Annual administration and progress report of the Indian Medical Department, Bombay
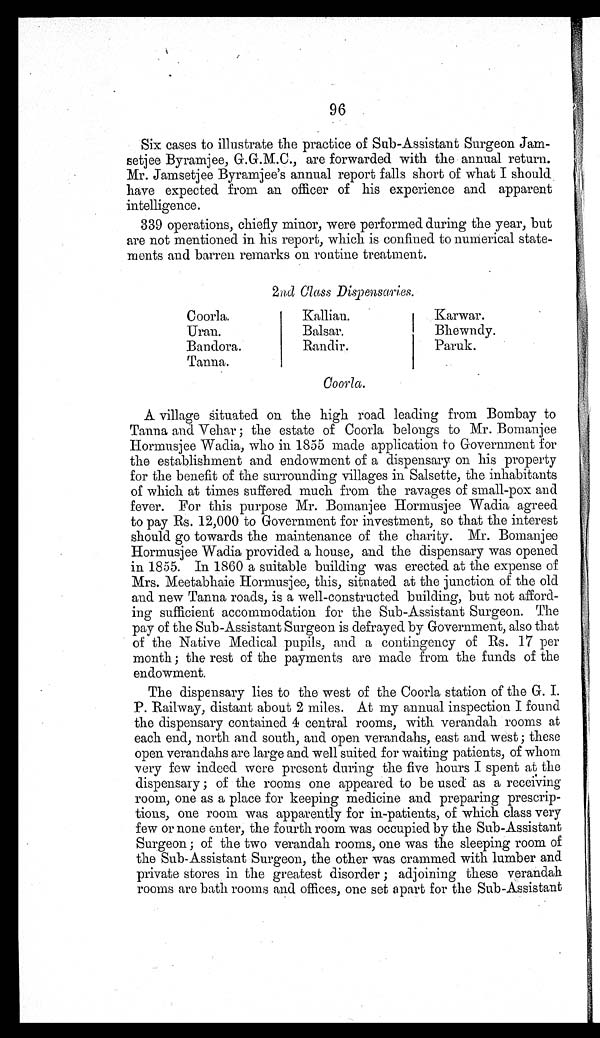
96
Six cases to illustrate the practice of Sub-Assistant Surgeon Jam-
setjee Byramjee, G.G.M.C., are forwarded with the annual return.
Mr. Jamsetjee Byramjee's annual report falls short of what I should
have expected from an officer of his experience and apparent
intelligence.
339 operations, chiefly minor, were performed during the year, but
are not mentioned in his report, which is confined to numerical state-
ments and barren remarks on routine treatment.
2nd Class Dispensaries.
Coorla.
Kallian.
Karwar.
Uran.
Balsar.
Bhewndy.
Bandora.
Randir.
Paruk.
Tanna.
Coorla.
A village situated on the high road leading from Bombay to
Tanna and Vehar; the estate of Coorla belongs to Mr. Bomanjee
Hormusjee Wadia, who in 1855 made application to Government for
the establishment and endowment of a dispensary on his property
for the benefit of the surrounding villages in Salsette, the inhabitants
of which at times suffered much from the ravages of small-pox and
fever. For this purpose Mr. Bomanjee Hormusjee Wadia agreed
to pay Rs. 12,000 to Government for investment, so that the interest
should go towards the maintenance of the charity. Mr. Bomanjee
Hormusjee Wadia provided a house, and the dispensary was opened
in 1855. In 1860 a suitable building was erected at the expense of
Mrs. Meetabhaie Hormusjee, this, situated at the junction of the old
and new Tanna roads, is a well-constructed building, but not afford-
ing sufficient accommodation for the Sub-Assistant Surgeon. The
pay of the Sub-Assistant Surgeon is defrayed by Government, also that
of the Native Medical pupils, and a contingency of Rs. 17 per
month; the rest of the payments are made from the funds of the
endowment.
The dispensary lies to the west of the Coorla station of the G. I.
P. Railway, distant about 2 miles. At my annual inspection I found
the dispensary contained 4 central rooms, with verandah rooms at
each end, north and south, and open verandahs, east and west; these
open verandahs are large and well suited for waiting patients, of whom
very few indeed were present during the five hours I spent at the
dispensary; of the rooms one appeared to be used as a receiving
room, one as a place for keeping medicine and preparing prescrip-
tions, one room was apparently for in-patients, of which class very
few or none enter, the fourth room was occupied by the Sub-Assistant
Surgeon; of the two verandah rooms, one was the sleeping room of
the Sub-Assistant Surgeon, the other was crammed with lumber and
private stores in the greatest disorder; adjoining these verandah
rooms are bath rooms and offices, one set apart for the Sub-Assistant